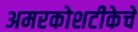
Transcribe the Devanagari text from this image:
अमरकोशटीकेचे